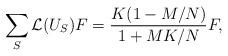
LaTeX: \begin{align*} \sum_S \mathcal{L}(U_S) F = \frac{K (1 - M/N)}{1 + MK/N} F, \end{align*}